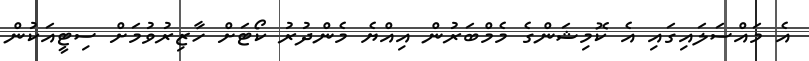
އެ މައްސަލައިގައި އެ ކޮމިޝަންގެ މެމްބަރުން އިއްޔެ މެންދުރު ކޯޓަށް ހާޒިރުވުމަށް ސިޓީއަކުން